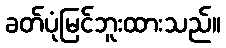
ခတ်ပုံမြင်ဘူးထားသည်။